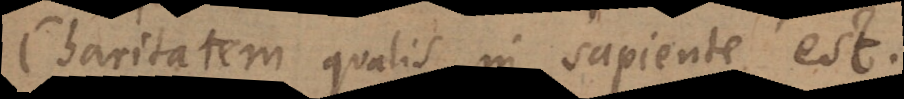
Charitatem qualis in sapiente est.